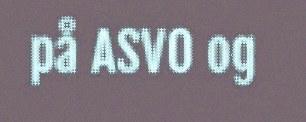
på ASVO og